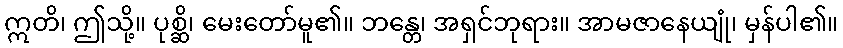
ဣတိ၊ ဤသို့။ ပုစ္ဆိ၊ မေးတော်မူ၏။ ဘန္တေ၊ အရှင်ဘုရား။ အာမဇာနေယျုံ၊ မှန်ပါ၏။